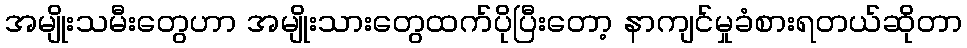
အမျိုးသမီးတွေဟာ အမျိုးသားတွေထက်ပိုပြီးတော့ နာကျင်မှုခံစားရတယ်ဆိုတာ